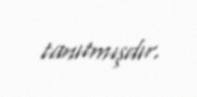
tanıtmışdır.